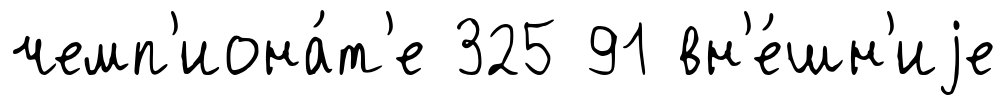
чемп'иона́т'е 325 91 вн'е́шн'иjе